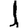
Digit: 1